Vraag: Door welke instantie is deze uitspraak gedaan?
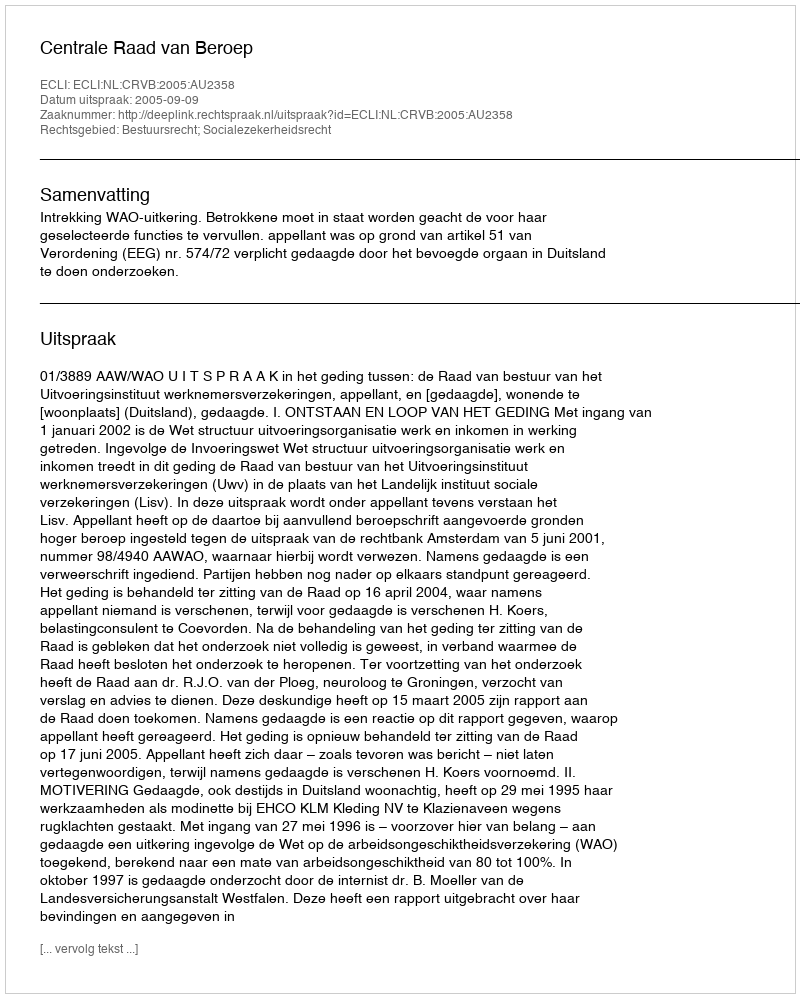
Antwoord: Centrale Raad van Beroep